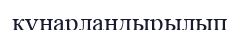
құнарландырылып